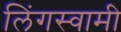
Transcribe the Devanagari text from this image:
लिंगस्वामी